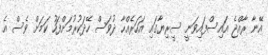
އޭނާ ރާއްޖެ އައިސްފައިވަނީ ސީރިޔާގައި އަހަރެއްހާ ދުވަސް ހޭދަކުރުމަށްފަހު ކަމަށް ވެސް އެ